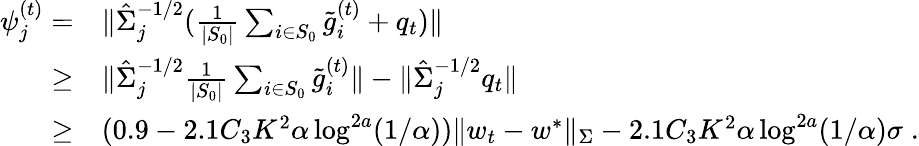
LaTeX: \begin{array}{rl}{\psi_{j}^{(t)}=}&{\| \hat{\Sigma}_{j}^{-1/2}(\frac{1}{|S_{0}|}\sum_{i\in S_{0}}\tilde{g}_{i}^{(t)}+q_{t})\| }\\ {\geq}&{\| \hat{\Sigma}_{j}^{-1/2}\frac{1}{|S_{0}|}\sum_{i\in S_{0}}\tilde{g}_{i}^{(t)}\| -\| \hat{\Sigma}_{j}^{-1/2}q_{t}\| }\\ {\geq}&{(0.9-2.1C_{3}K^{2}\alpha\log^{2a}(1/\alpha))\| w_{t}-w^{*}\| _{\Sigma}-2.1C_{3}K^{2}\alpha\log^{2a}(1/\alpha)\sigma\; .}\end{array}